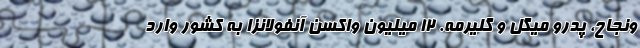
ونجاح، پدرو میگل و گلیرمه. 12 میلیون واکسن آنفولانزا به کشور وارد